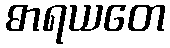
ဓာရယတေ